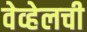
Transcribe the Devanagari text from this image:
वेव्हेलची